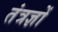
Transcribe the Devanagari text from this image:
तंत्रज्ञों